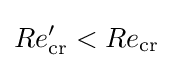
Re_{\mathrm {cr} }'<Re_{\mathrm {cr} }